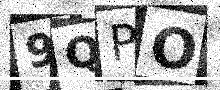
Text: 9QPO